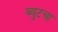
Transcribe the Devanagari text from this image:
ब्युटचा